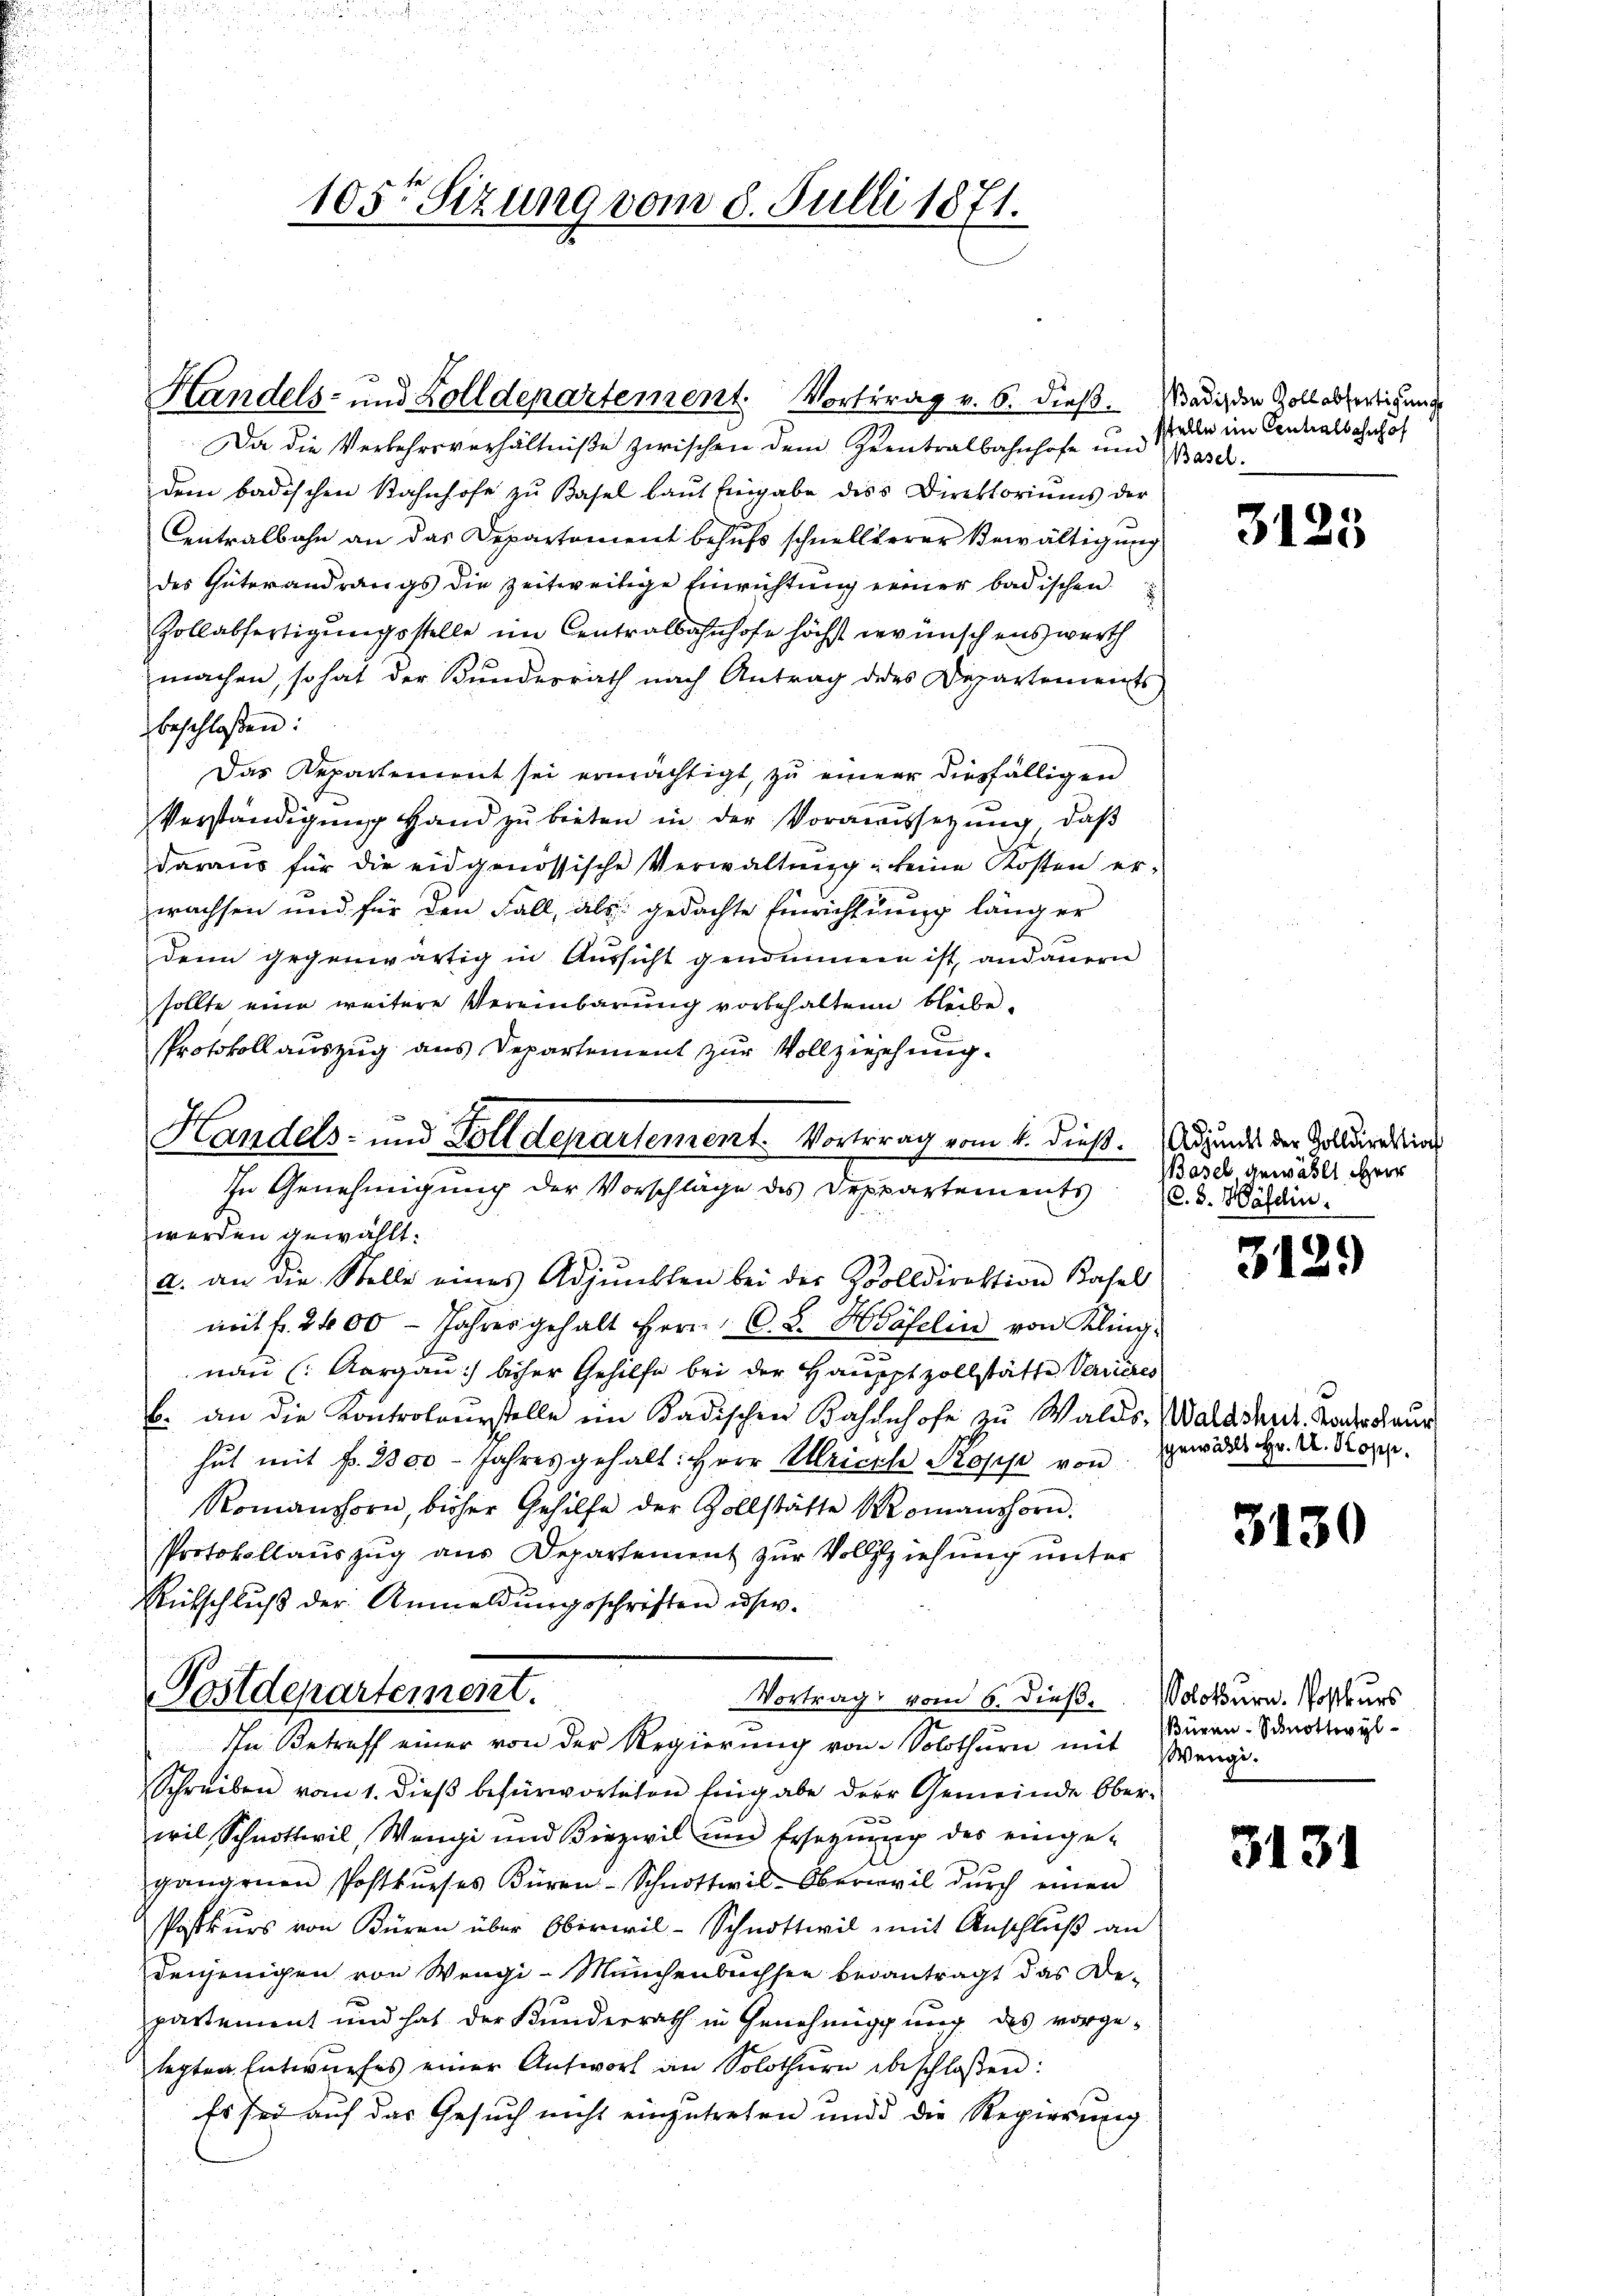
105te Sizung vom 8. Julli 1871.

Handels- und Zolldepartement. Vortrag v. 6. dieß. Wadiz den Zoll abfertigung

Da die Verkehrsverhältniße zwischen dem Zentralbahnhofe und Base
dem badischen Bahnhofe zu Basel laut Eingabe des Direktoriums der
Centralbahn an das Departement behufs schnellerer Bewältigung
des Güterandrangs die zeitweitige Einrichtung einer badischen
Zollabfertigungsstelle im Centralbahnhofe höchst wünschenswerth
machen, so hat der Bunderrath nach Antrag des Departements
beschloßen:
Das Departement sei ermächtigt, zu einer diesfälligen
Verständigung Hand zu bieten in der Voraussetzung, daß
daraus für die eidgenössische Verwaltung, keine Kosten erwachsen und für den Fall, als gedachte Einrichtung länger
denn gegenwärtig in Aŭssicht genommen ist, andauern
sollte eine weitere Vereinbarung vorbehaltenen bleibe
Protokoll auszug aus Departement zur Vollziehung.
werden gewählt.
a. an die Stelle eines Adjunkten bei der Zolldirektion Basel
mit fr. 2400 Jahres gehalt Herr C. S. Häfelin von Kling
nau (Aargau) biser Gehilfe bei der Haupptzollstätte Verrieres
b. an die Kontroleurstelle ein Badischen Bahnhofe zu Walds, Waladen Forstaur
hut mit fr. 2300 - Jahres gehalt: Herr Ulrich Profes von gewordes Hr. R. Koppe
Romanshorn, bisher Gehilfe der Zollstätte Momanshorn.
Protokollauszug aus Departement zur Vollziehung unter
Rutschluß der Anmeldungsschriften usw.
Postdepartement.
Vortrag vom 6. dieß. Solothurn. Postkurs
In Betreff einer von der Regierung von Solothurn mit Büren-Prottwyl-
Schreiben vom 1. dieß befürworteten Eingabe der Gemeinde Ober¬

wil, Schnottwil, Wengi und Biezwil und Ersetzung des eingegangenen Postkŭrses Büren-Schnottwil-Obernvil dŭrch einen
Postkŭrs von Büren über Oberwil-Schnottwil mit Anschluß an
denjenigen von Wengi-Manchenbuchsen beantragt das Departement und hat der Kunderrath in Genehmigung des vorgelegten Entwŭrfes einer Antwort an Solothurn beschloßen:
Es sei auf das Gesuch nicht einzutreten und die Regierung

Handels- und Zolldepartement. Vortrag vom 4. dieß. Adjundes der Zolldirektio
In Genehmigung der Vorschläge des Deppartements d.d. Währen.

stelle im Centralbahnhof

.

3123

Basel gewählt, Herr

3129)

3130

Wengi.

3131